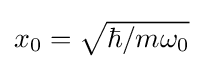
{\textstyle x_{0}={\sqrt {\hbar /m\omega _{0}}}}